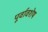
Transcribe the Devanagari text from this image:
पूर्वावशेष